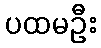
ပထမဦး